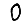
Digit: 0